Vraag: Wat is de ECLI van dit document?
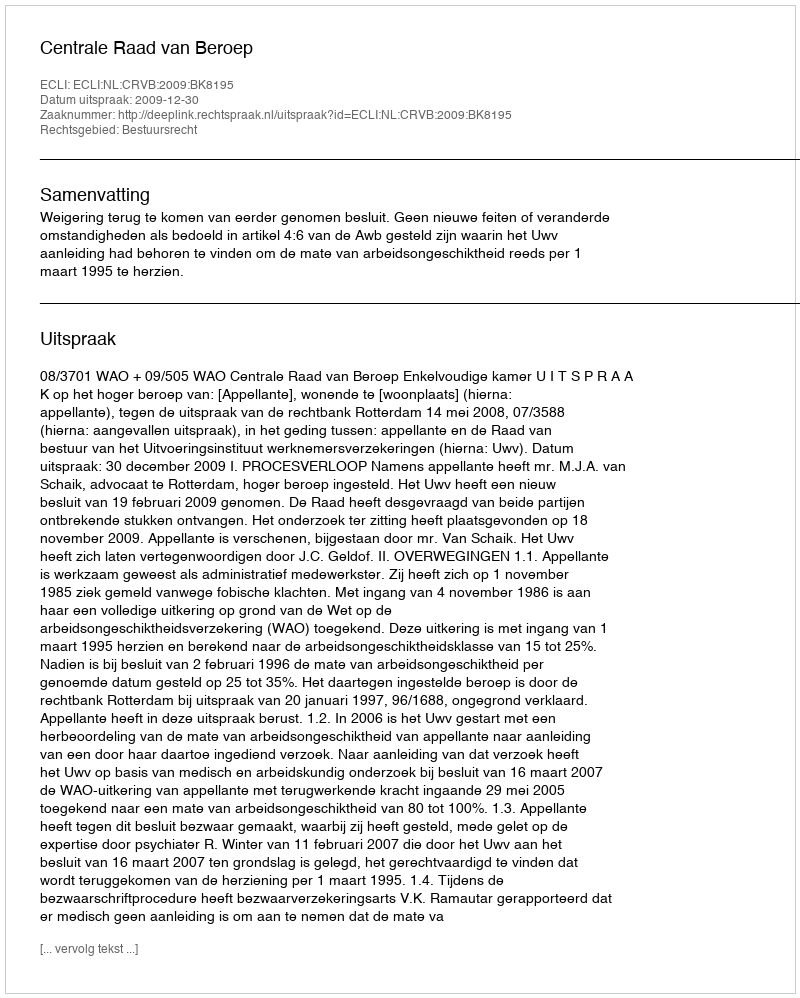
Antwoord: ECLI:NL:CRVB:2009:BK8195